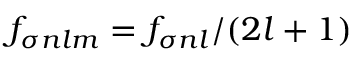
f _ { \sigma n l m } = f _ { \sigma n l } / ( 2 l + 1 )